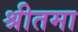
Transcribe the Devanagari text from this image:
श्रीतमा